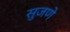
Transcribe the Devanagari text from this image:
सुजणे